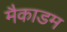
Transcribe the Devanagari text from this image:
मैकाडम